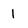
Character: 1